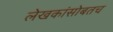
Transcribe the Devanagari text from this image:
लेखकांसोबतच